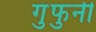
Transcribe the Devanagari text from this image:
गुंफुनी